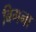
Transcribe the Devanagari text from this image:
बिगना